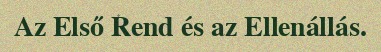
Az Első Rend és az Ellenállás.